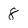
Character: 8